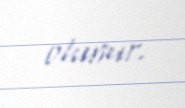
olunur.